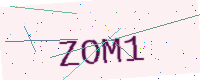
Text: ZOM1